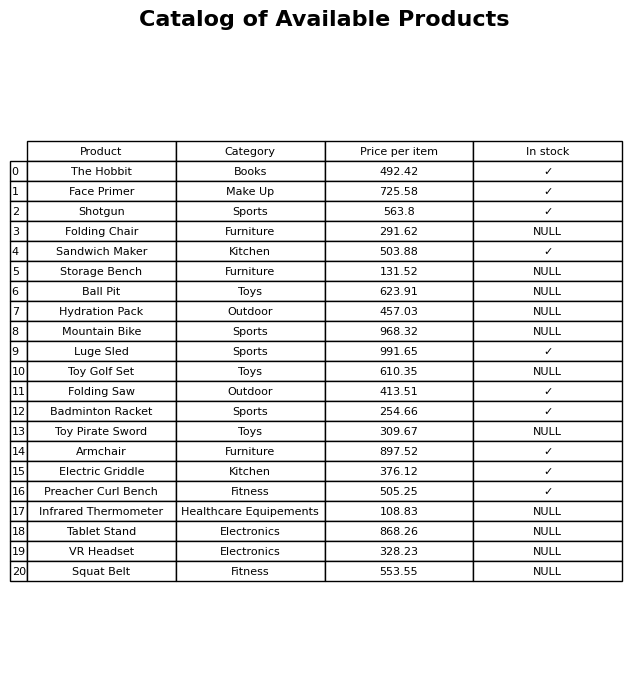
question: What is the price for Infrared Thermometer?
answer: The price of Infrared Thermometer is 108.83.